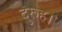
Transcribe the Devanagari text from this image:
दुरूह।